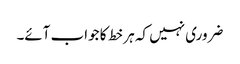
ضروری نہیں کہ ہر خط کا جواب آئے۔